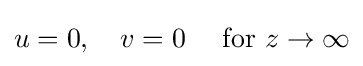
u=0,\quad v=0\quad {\text{ for }}z\rightarrow \infty